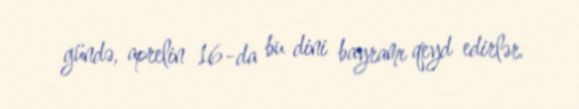
gündə, aprelin 16-da bu dini bayramı qeyd edirlər.